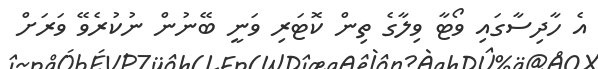
އެ ހާދިސާގައި ވޯޓާ ވިލާގެ ތިން ކޮޓަރި ވަނީ ބޭނުން ނުކުރެވޭ ވަރަށް